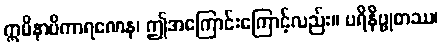
ဣမိနာပိကာရဏေန၊ ဤအကြောင်းကြောင့်လည်း။ ပရိနိဗ္ဗုတဿ၊